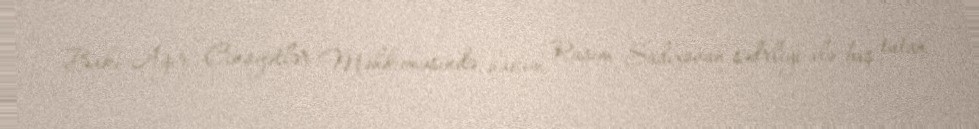
Bakı Ağır Cinayətlər Məhkəməsində hakim Rasim Sadıxovun sədrliyi ilə baş tutan